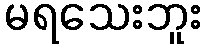
မရသေးဘူး